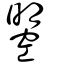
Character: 曌